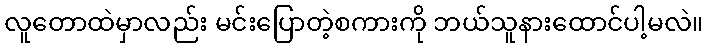
လူတောထဲမှာလည်း မင်းပြောတဲ့စကားကို ဘယ်သူနားထောင်ပါ့မလဲ။